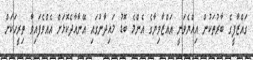
ގައްޒާފީގެ ބާރުތަކުން އިއްޔެވަނީ އައްޒާވިޔާގެ އެންމެ ބޮޑު މައިދާނުގައި އޭނާއާދެކޮޅަށް އެއްވެފައިވާ ތިރީހަކަށް